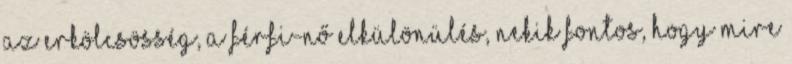
az erkölcsösség, a férfi-nő elkülönülés, nekik fontos, hogy mire